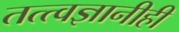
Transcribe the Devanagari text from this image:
तत्त्वज्ञानीही